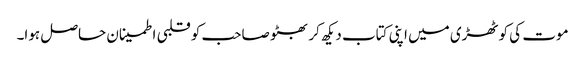
موت کی کوٹھڑی میں اپنی کتاب دیکھ کر بھٹو صاحب کو قلبی اطمینان حاصل ہوا۔